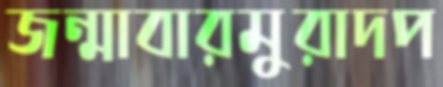
জন্মাবারমুরাদপ